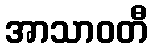
အာသာဝတီ